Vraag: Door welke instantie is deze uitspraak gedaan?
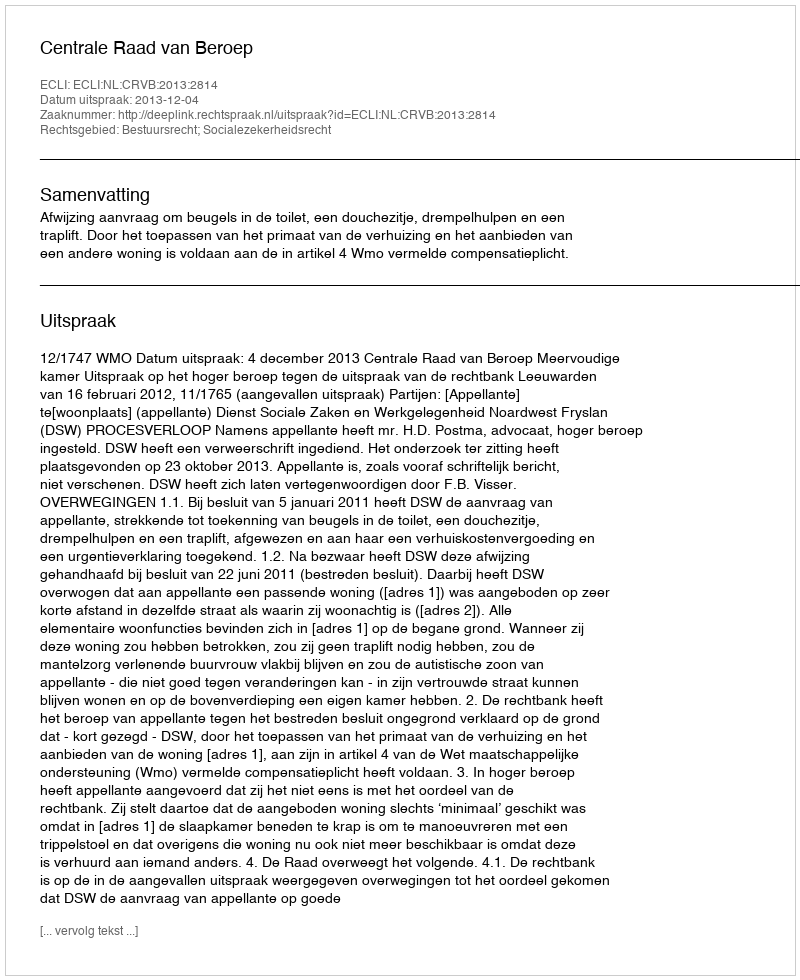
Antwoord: Centrale Raad van Beroep